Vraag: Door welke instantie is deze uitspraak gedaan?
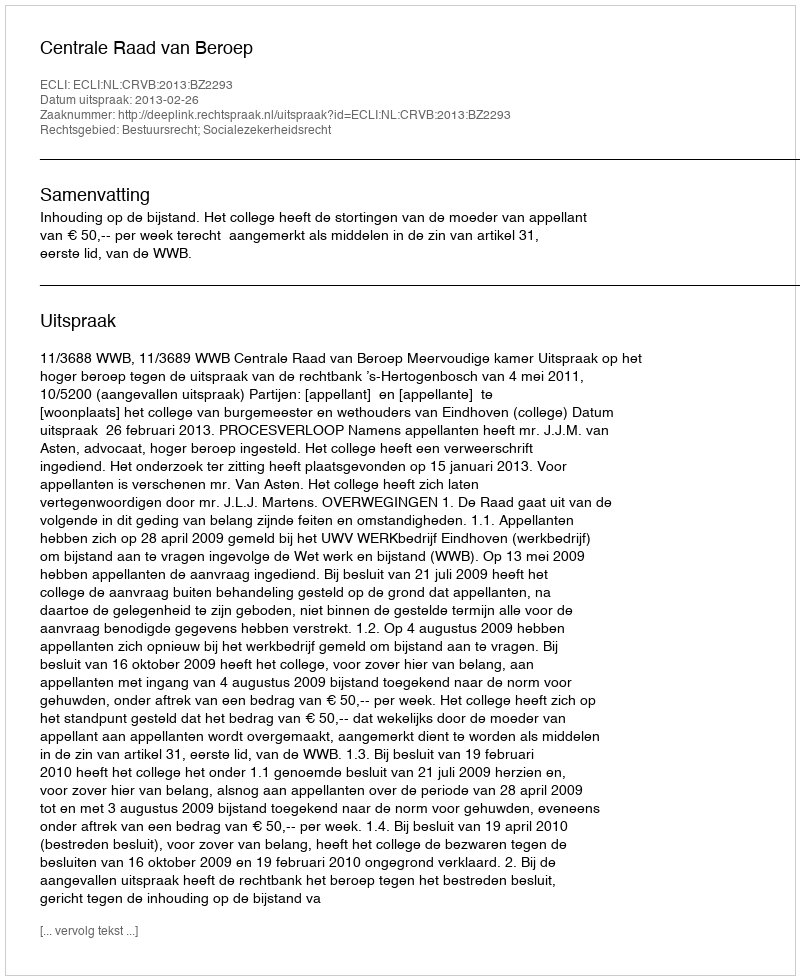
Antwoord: Centrale Raad van Beroep